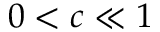
0 < c \ll 1